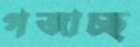
গজাচ্ছ